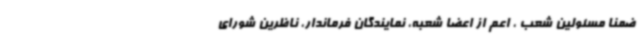
ضمناً مسئولین شعب ، اعم از اعضا شعبه، نمایندگان فرماندار، ناظرین شورای